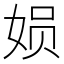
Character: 㛣